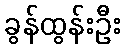
ခွန်ထွန်းဦး